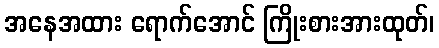
အနေအထား ရောက်အောင် ကြိုးစားအားထုတ်၊